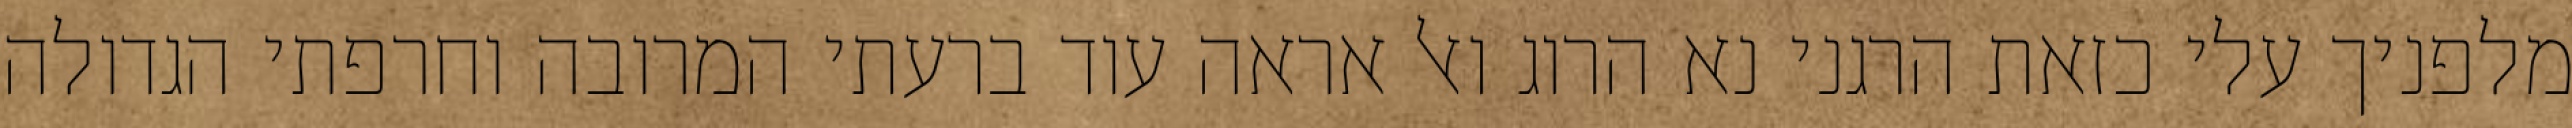
מלפניך עלי כזאת הרגני נא הרוג ואל אראה עוד ברעתי המרובה וחרפתי הגדולה